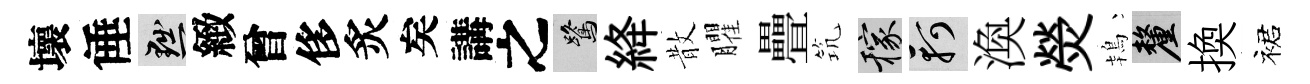
壞倕黜緻曾侈炙矣講之鷺絳散臞疊𥬑稼軻渙熒鴇厘換裙